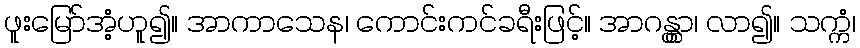
ဖူးမြော်အံ့ဟူ၍။ အာကာသေန၊ ကောင်းကင်ခရီးဖြင့်။ အာဂန္တွာ၊ လာ၍။ သက္ကံ၊